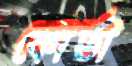
কোর্তা